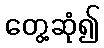
တွေ့ဆုံ၍